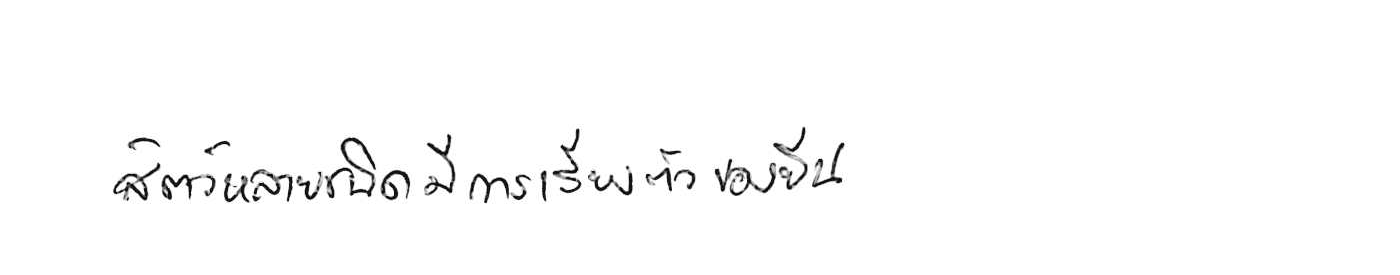
สัตว์หลายชนิดมีการเรียงตัวของยีน